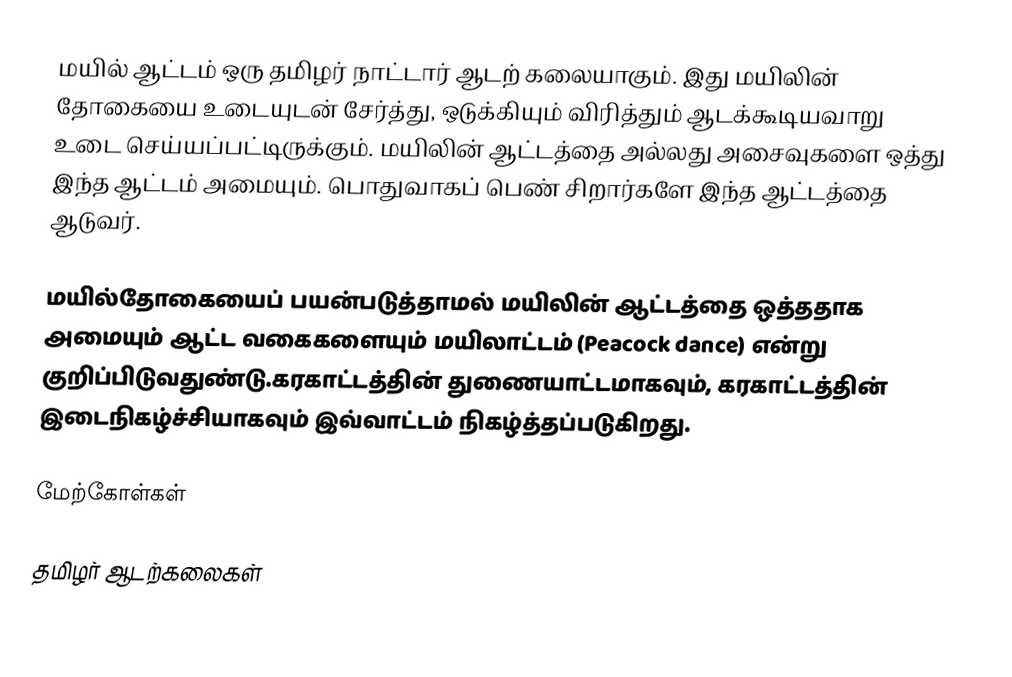
மயில் ஆட்டம் ஒரு தமிழர் நாட்டார் ஆடற் கலையாகும்.  இது மயிலின் தோகையை உடையுடன் சேர்த்து, ஒடுக்கியும் விரித்தும் ஆடக்கூடியவாறு உடை செய்யப்பட்டிருக்கும்.  மயிலின் ஆட்டத்தை அல்லது அசைவுகளை ஒத்து இந்த ஆட்டம் அமையும்.  பொதுவாகப் பெண் சிறார்களே இந்த ஆட்டத்தை ஆடுவர்.

மயில்தோகையைப் பயன்படுத்தாமல் மயிலின் ஆட்டத்தை ஒத்ததாக அமையும் ஆட்ட வகைகளையும் மயிலாட்டம் (Peacock dance) என்று குறிப்பிடுவதுண்டு.கரகாட்டத்தின் துணையாட்டமாகவும், கரகாட்டத்தின் இடைநிகழ்ச்சியாகவும் இவ்வாட்டம் நிகழ்த்தப்படுகிறது.

மேற்கோள்கள்

தமிழர் ஆடற்கலைகள்